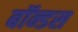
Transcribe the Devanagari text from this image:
बॉन्डस